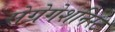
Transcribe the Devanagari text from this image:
सेग्रेगेशनिस्ट